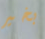
بخير